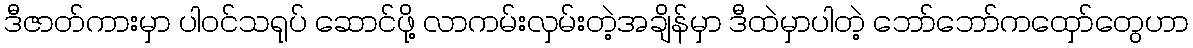
ဒီဇာတ်ကားမှာ ပါဝင်သရုပ် ဆောင်ဖို့ လာကမ်းလှမ်းတဲ့အချိန်မှာ ဒီထဲမှာပါတဲ့ ဘော်ဘော်ကထှော်တွေဟာ